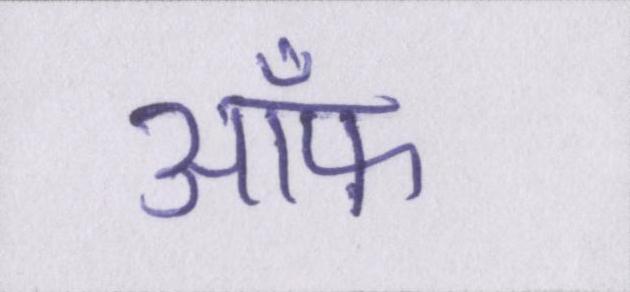
ऑफ़